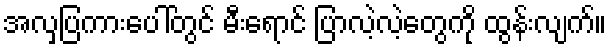
အလှပြကားပေါ်တွင် မီးရောင် ပြာလဲ့လဲ့တွေကို ထွန်းလျက်။